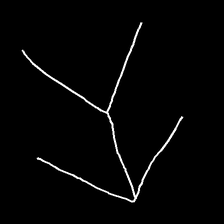
Glyph: gather